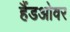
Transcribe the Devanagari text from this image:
हैंडओवर